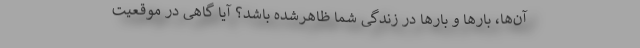
آن‌ها، بارها و بارها در زندگی شما ظاهر‌شده باشد؟ آیا گاهی در موقعیت